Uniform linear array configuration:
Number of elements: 48
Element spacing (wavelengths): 0.75
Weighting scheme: exponential
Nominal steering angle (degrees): -30
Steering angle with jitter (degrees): -28.609
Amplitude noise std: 0.05
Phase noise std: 0.05

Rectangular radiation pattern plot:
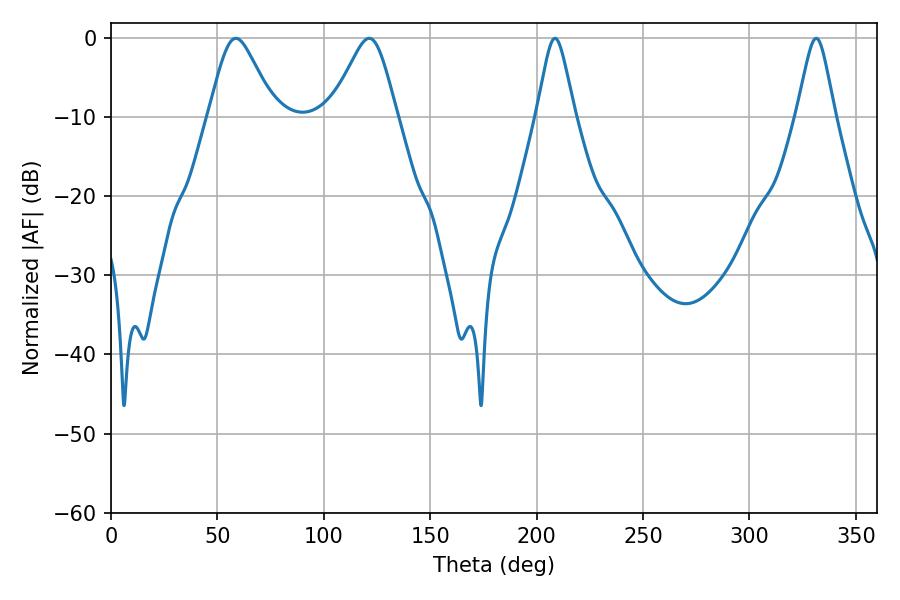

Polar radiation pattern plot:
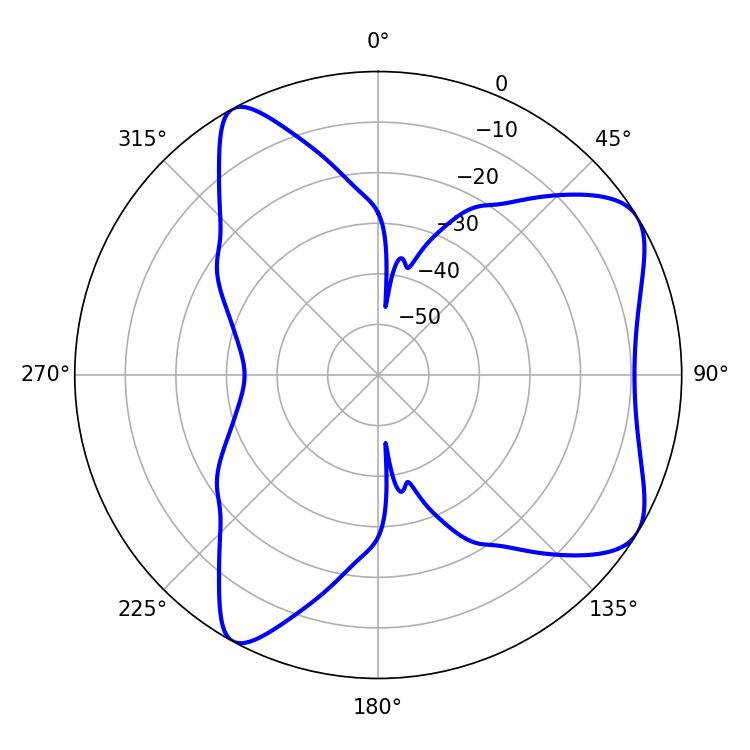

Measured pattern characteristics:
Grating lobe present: TRUE
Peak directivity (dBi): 6.988
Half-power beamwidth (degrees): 14.94
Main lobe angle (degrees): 58.68